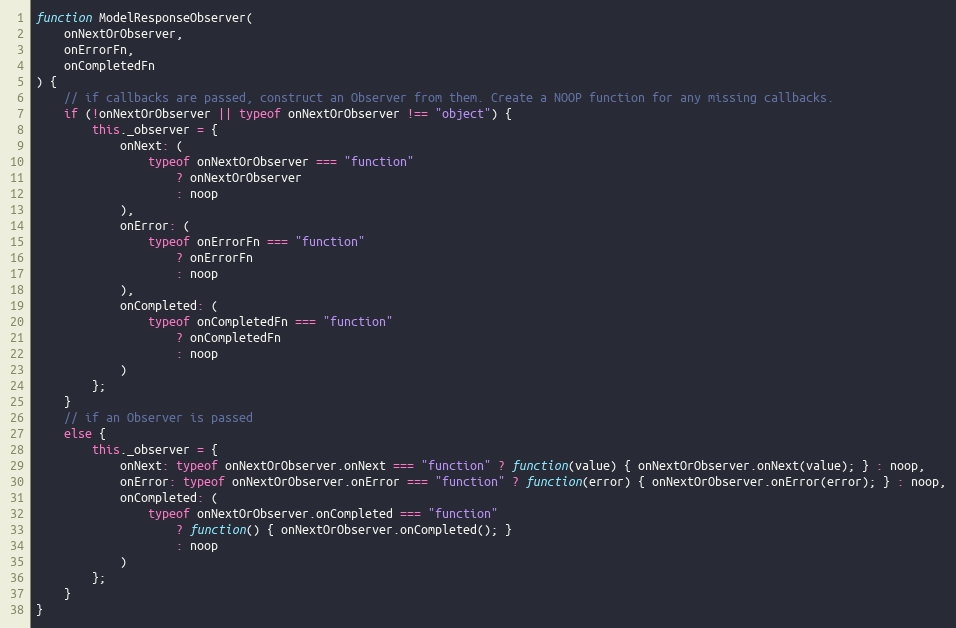
Language: JavaScript
function ModelResponseObserver(
    onNextOrObserver,
    onErrorFn,
    onCompletedFn
) {
    // if callbacks are passed, construct an Observer from them. Create a NOOP function for any missing callbacks.
    if (!onNextOrObserver || typeof onNextOrObserver !== "object") {
        this._observer = {
            onNext: (
                typeof onNextOrObserver === "function"
                    ? onNextOrObserver
                    : noop
            ),
            onError: (
                typeof onErrorFn === "function"
                    ? onErrorFn
                    : noop
            ),
            onCompleted: (
                typeof onCompletedFn === "function"
                    ? onCompletedFn
                    : noop
            )
        };
    }
    // if an Observer is passed
    else {
        this._observer = {
            onNext: typeof onNextOrObserver.onNext === "function" ? function(value) { onNextOrObserver.onNext(value); } : noop,
            onError: typeof onNextOrObserver.onError === "function" ? function(error) { onNextOrObserver.onError(error); } : noop,
            onCompleted: (
                typeof onNextOrObserver.onCompleted === "function"
                    ? function() { onNextOrObserver.onCompleted(); }
                    : noop
            )
        };
    }
}